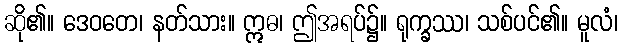
ဆို၏။ ဒေဝတေ၊ နတ်သား။ ဣဓ၊ ဤအရပ်၌။ ရုက္ခဿ၊ သစ်ပင်၏။ မူလံ၊